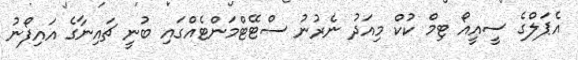
އެޕަލްގެ ސީއީއޯ ޓިމް ކުކް މިއަދު ނެރުނު ސްޓޭޓްމަންޓެއްގައި ބުނީ ޗައިނާގެ އައިފޯނު